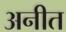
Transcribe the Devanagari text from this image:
अनीत